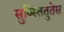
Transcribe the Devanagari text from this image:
सुब्स्तितुतेस